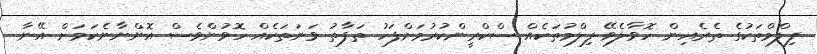
ފިލްމްތަކުގެ ތެރެއިން ހޮވާލެވޭ ފިލްމުތަކެއް ސްކްރީންކުރުމަށްފަހު ތަފާތު ވަނަތަކެއް ހޮވުންވެސް އޮންނާނެކަމަށް އޭނާ